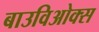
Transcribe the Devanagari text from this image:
बाउविओक्स